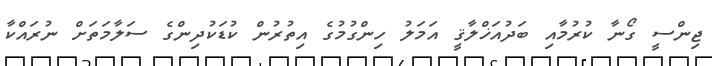
ޖިންސީ ގޯނާ ކުރުމާއި ބަދުއަޚްލާޤީ އަމަލު ހިންގުމުގެ އިތުރުން ކުޑަކުދިންގެ ސަލާމަތަށް ނުރައްކާ